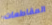
المقاطعات